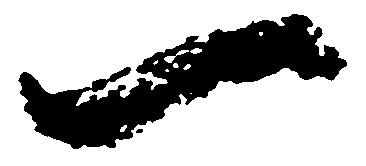
一